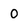
Character: 0